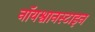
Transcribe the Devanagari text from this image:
नॉयश्वानस्टाइन